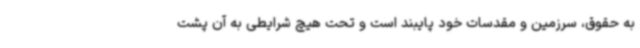
به حقوق، سرزمین و مقدسات خود پایبند است و تحت هیچ شرایطی به آن پشت